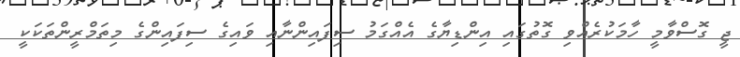
ޖީ ގޮސްވާމީ ހާމަކުރެއްވި ގޮތުގައި އިންޑިޔާގެ އެއްގަމު ސިފައިންނާއި ވައިގެ ސިފައިންގެ މިތަމްރީންތަކަކީ